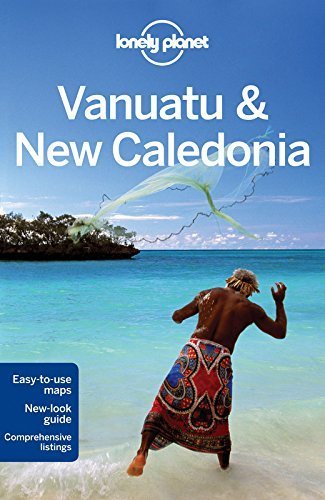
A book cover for Lonely Planet Vanuatu & New Caledonia (Travel Guide) by Lonely Planet, D'Arcy, Jayne (2012) Paperback; D'Arcy, Jayne Lonely Planet; Travel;